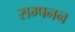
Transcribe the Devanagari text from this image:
सम्पनन